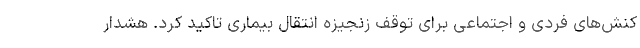
کنش‌های فردی و اجتماعی برای توقف زنجیزه انتقال بیماری تاکید کرد. هشدار